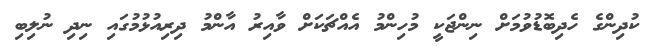
ކުދިންގެ ހެދިބޮޑުވުމަށް ނިންޖަކީ މުހިންމު އެއްޗަކަށް ވާއިރު އާންމު ދިރިއުޅުމުގައި ނިދި ނުލިބި